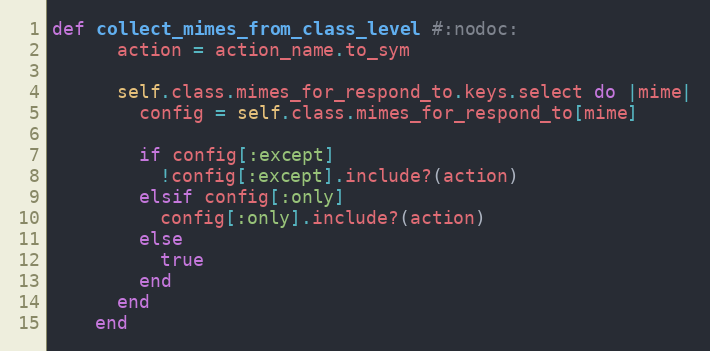
Language: Ruby
def collect_mimes_from_class_level #:nodoc:
      action = action_name.to_sym

      self.class.mimes_for_respond_to.keys.select do |mime|
        config = self.class.mimes_for_respond_to[mime]

        if config[:except]
          !config[:except].include?(action)
        elsif config[:only]
          config[:only].include?(action)
        else
          true
        end
      end
    end